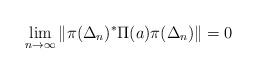
LaTeX: \begin{align*}\lim_{n\to\infty}\|\pi(\Delta_n)^*\Pi(a)\pi(\Delta_n)\|=0\end{align*}